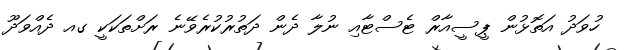
ހުވަދު އަތޮޅުން ޕީސީއާރް ޓެސްޓާއި ނުލާ ދެން ދަތުރުކުރެވޭނެ ރަށްތަކަކީ ގއ ދެއްވަދޫ